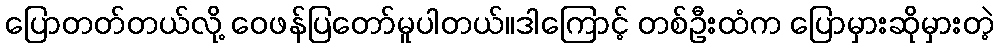
ပြောတတ်တယ်လို့ ဝေဖန်ပြတော်မူပါတယ်။ဒါကြောင့် တစ်ဦးထံက ပြောမှားဆိုမှားတဲ့